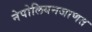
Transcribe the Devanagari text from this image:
नेपोलियनजाणत